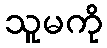
သူမကို